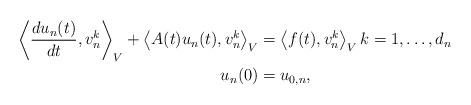
LaTeX: \begin{align*} \left\langle \frac{d u_n(t)}{dt}, v_n^k \right\rangle_V +\left\langle A(t)u_n(t), v_n^k \right\rangle_V &= \left\langle f(t), v_n^k \right\rangle_V k=1,\ldots,d_n \\ u_n(0)&=u_{0,n}, \end{align*}